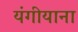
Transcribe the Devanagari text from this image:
यंगीयाना